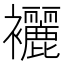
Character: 襹